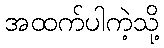
အထက်ပါကဲ့သို့